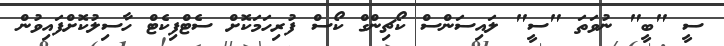
ސީ "ބީ" ނުވަތަ "ސީ" ލައިސަންސް ކޯޗިންގް ކޯސް ފުރިހަމަކޮށް ސެޓްފިކެޓް ހާސިލުކޮށްފައިވުން